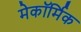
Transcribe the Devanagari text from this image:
मेकॉर्मिक